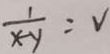
\frac { 1 } { x - y } = V